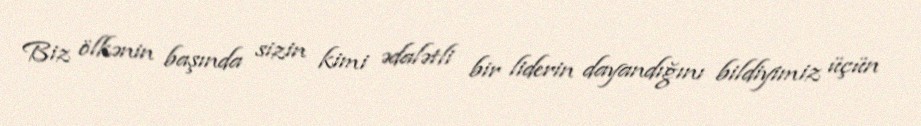
Biz ölkənin başında sizin kimi ədalətli bir liderin dayandığını bildiyimiz üçün